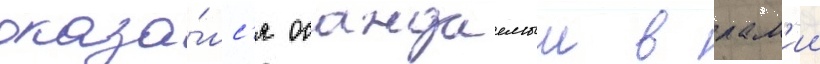
оказа́лс'я осаждаемыи в лам'ии